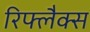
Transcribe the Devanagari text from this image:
रिफ्लैक्स